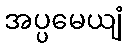
အပ္ပမေယျံ